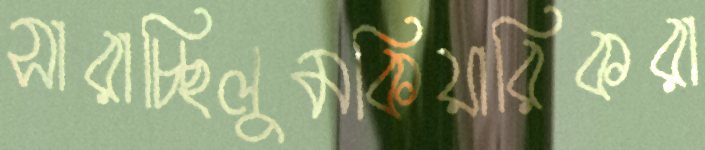
সারাচ্ছিলুমকিয়ারিকরা